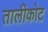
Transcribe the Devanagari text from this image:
तालीकोट